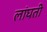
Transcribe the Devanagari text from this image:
लांघती